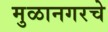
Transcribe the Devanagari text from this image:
मुळानगरचे